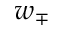
w _ { \mp }